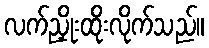
လက်ညှိုးထိုးလိုက်သည်။